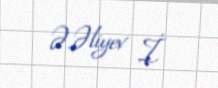
Ə.Əliyev İ.